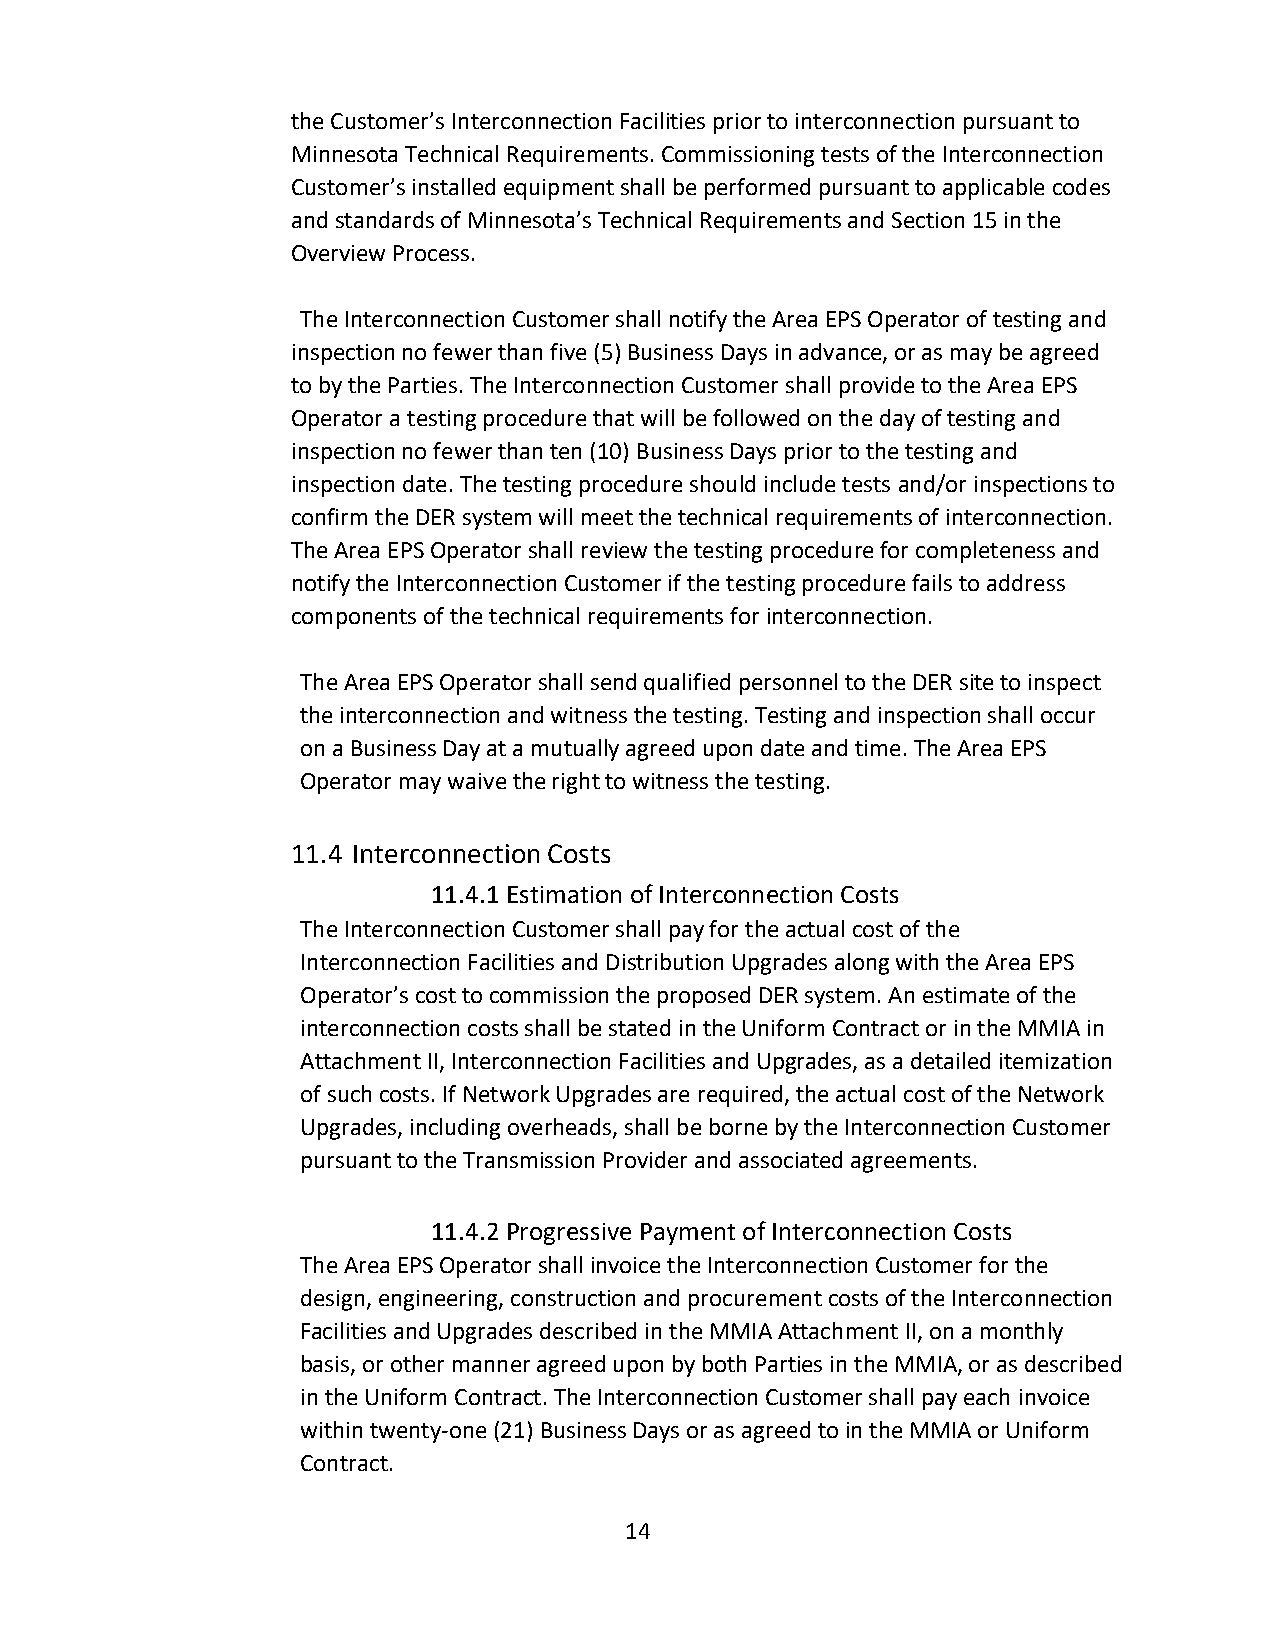
the Customer’s Interconnection Facilities prior to interconnection pursuant to
 Minnesota Technical Requirements. Commissioning tests of the Interconnection
 Customer’s installed equipment shall be performed pursuant to applicable codes
 and standards of Minnesota’s Technical Requirements and Section 15 in the
 Overview Process.
 The Interconnection Customer shall notify the Area EPS Operator of testing and
 inspection no fewer than five (5) Business Days in advance, or as may be agreed
 to by the Parties. The Interconnection Customer shall provide to the Area EPS
 Operator a testing procedure that will be followed on the day of testing and
 inspection no fewer than ten (10) Business Days prior to the testing and
 inspection date. The testing procedure should include tests and/or inspections to
 confirm the DER system will meet the technical requirements of interconnection.
 The Area EPS Operator shall review the testing procedure for completeness and
 notify the Interconnection Customer if the testing procedure fails to address
 components of the technical requirements for interconnection.
 The Area EPS Operator shall send qualified personnel to the DER site to inspect
 the interconnection and witness the testing. Testing and inspection shall occur
 on a Business Day at a mutually agreed upon date and time. The Area EPS
 Operator may waive the right to witness the testing.
 11.4 Interconnection Costs
 11.4.1 Estimation of Interconnection Costs
 The Interconnection Customer shall pay for the actual cost of the
 Interconnection Facilities and Distribution Upgrades along with the Area EPS
 Operator’s cost to commission the proposed DER system. An estimate of the
 interconnection costs shall be stated in the Uniform Contract or in the MMIA in
 Attachment II, Interconnection Facilities and Upgrades, as a detailed itemization
 of such costs. If Network Upgrades are required, the actual cost of the Network
 Upgrades, including overheads, shall be borne by the Interconnection Customer
 pursuant to the Transmission Provider and associated agreements.
 11.4.2 Progressive Payment of Interconnection Costs
 The Area EPS Operator shall invoice the Interconnection Customer for the
 design, engineering, construction and procurement costs of the Interconnection
 Facilities and Upgrades described in the MMIA Attachment II, on a monthly
 basis, or other manner agreed upon by both Parties in the MMIA, or as described
 in the Uniform Contract. The Interconnection Customer shall pay each invoice
 within twenty-one (21) Business Days or as agreed to in the MMIA or Uniform
 Contract.
 14